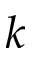
k